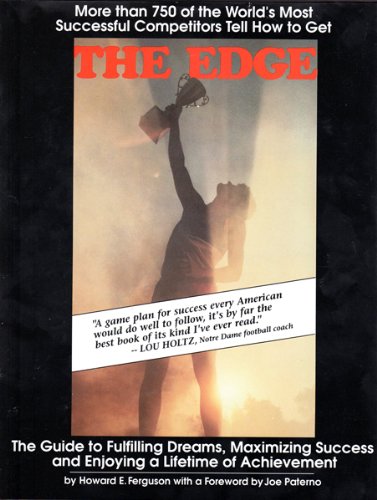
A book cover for The Edge: The Guide to Fulfilling Dreams, Maximizing Success and Enjoying a Lifetime of Achievement; Sports & Outdoors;